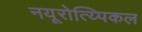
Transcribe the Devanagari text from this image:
नयूरोत्य्पिकल